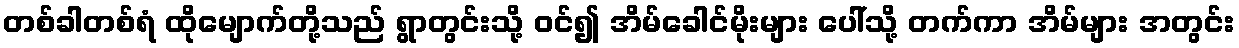
တစ်ခါတစ်ရံ ထိုမျောက်တို့သည် ရွာတွင်းသို့ ဝင်၍ အိမ်ခေါင်မိုးများ ပေါ်သို့ တက်ကာ အိမ်များ အတွင်း